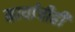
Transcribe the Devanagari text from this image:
कार्याचीही